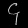
Digit: ၄